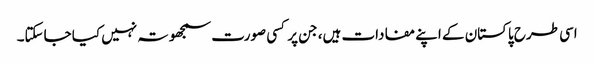
اسی طرح پاکستان کے اپنے مفادات ہیں، جن پر کسی صورت سمجھوتہ نہیں کیا جاسکتا۔